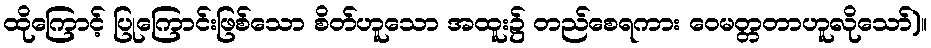
ထိုကြောင့် ပြုကြောင်းဖြစ်သော စိတ်ဟူသော အထူး၌ တည်စေရကား ဝေမတ္တတာဟူလိုသော်)။